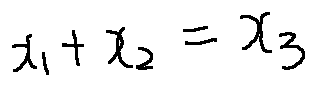
x _ { 1 } + x _ { 2 } = x _ { 3 }